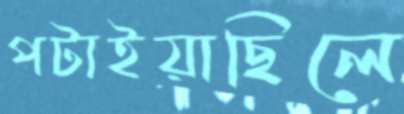
পটাইয়াছিলে